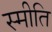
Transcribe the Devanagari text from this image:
स्मीति